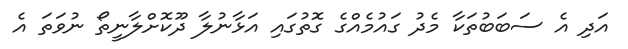
އަދި އެ ސަބަބުތަކާ މެދު ގައުމެއްގެ ގޮތުގައި އަޅާނުލާ ދޫކޮށްލާނީތޯ ނުވަތަ އެ